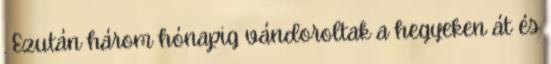
. Ezután három hónapig vándoroltak a hegyeken át és